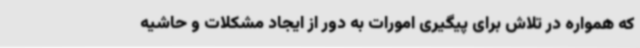
که همواره در تلاش برای پیگیری امورات به دور از ایجاد مشکلات و حاشیه